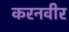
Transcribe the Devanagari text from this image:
करनवीर